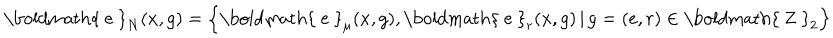
\mathrm { \boldmath { ~ e ~ } } _ { N } ( x , g ) = \left\{ \mathrm { \boldmath { ~ e ~ } } _ { \mu } ( x , g ) , \mathrm { \boldmath { ~ e ~ } } _ { r } ( x , g ) \, | \, g = ( e , r ) \in \mathrm { \boldmath { ~ Z ~ } } _ { 2 } \right\}